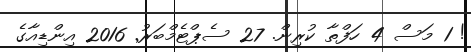
! 1 މަސް 4 ހަފްތާ ކުރިން. 27 ސެޕްޓެމްބަރު